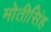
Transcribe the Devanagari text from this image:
मोतीसिंह